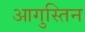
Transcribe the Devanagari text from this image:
आगुस्तिन